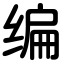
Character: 编